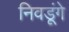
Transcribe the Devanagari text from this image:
निवडूंगे